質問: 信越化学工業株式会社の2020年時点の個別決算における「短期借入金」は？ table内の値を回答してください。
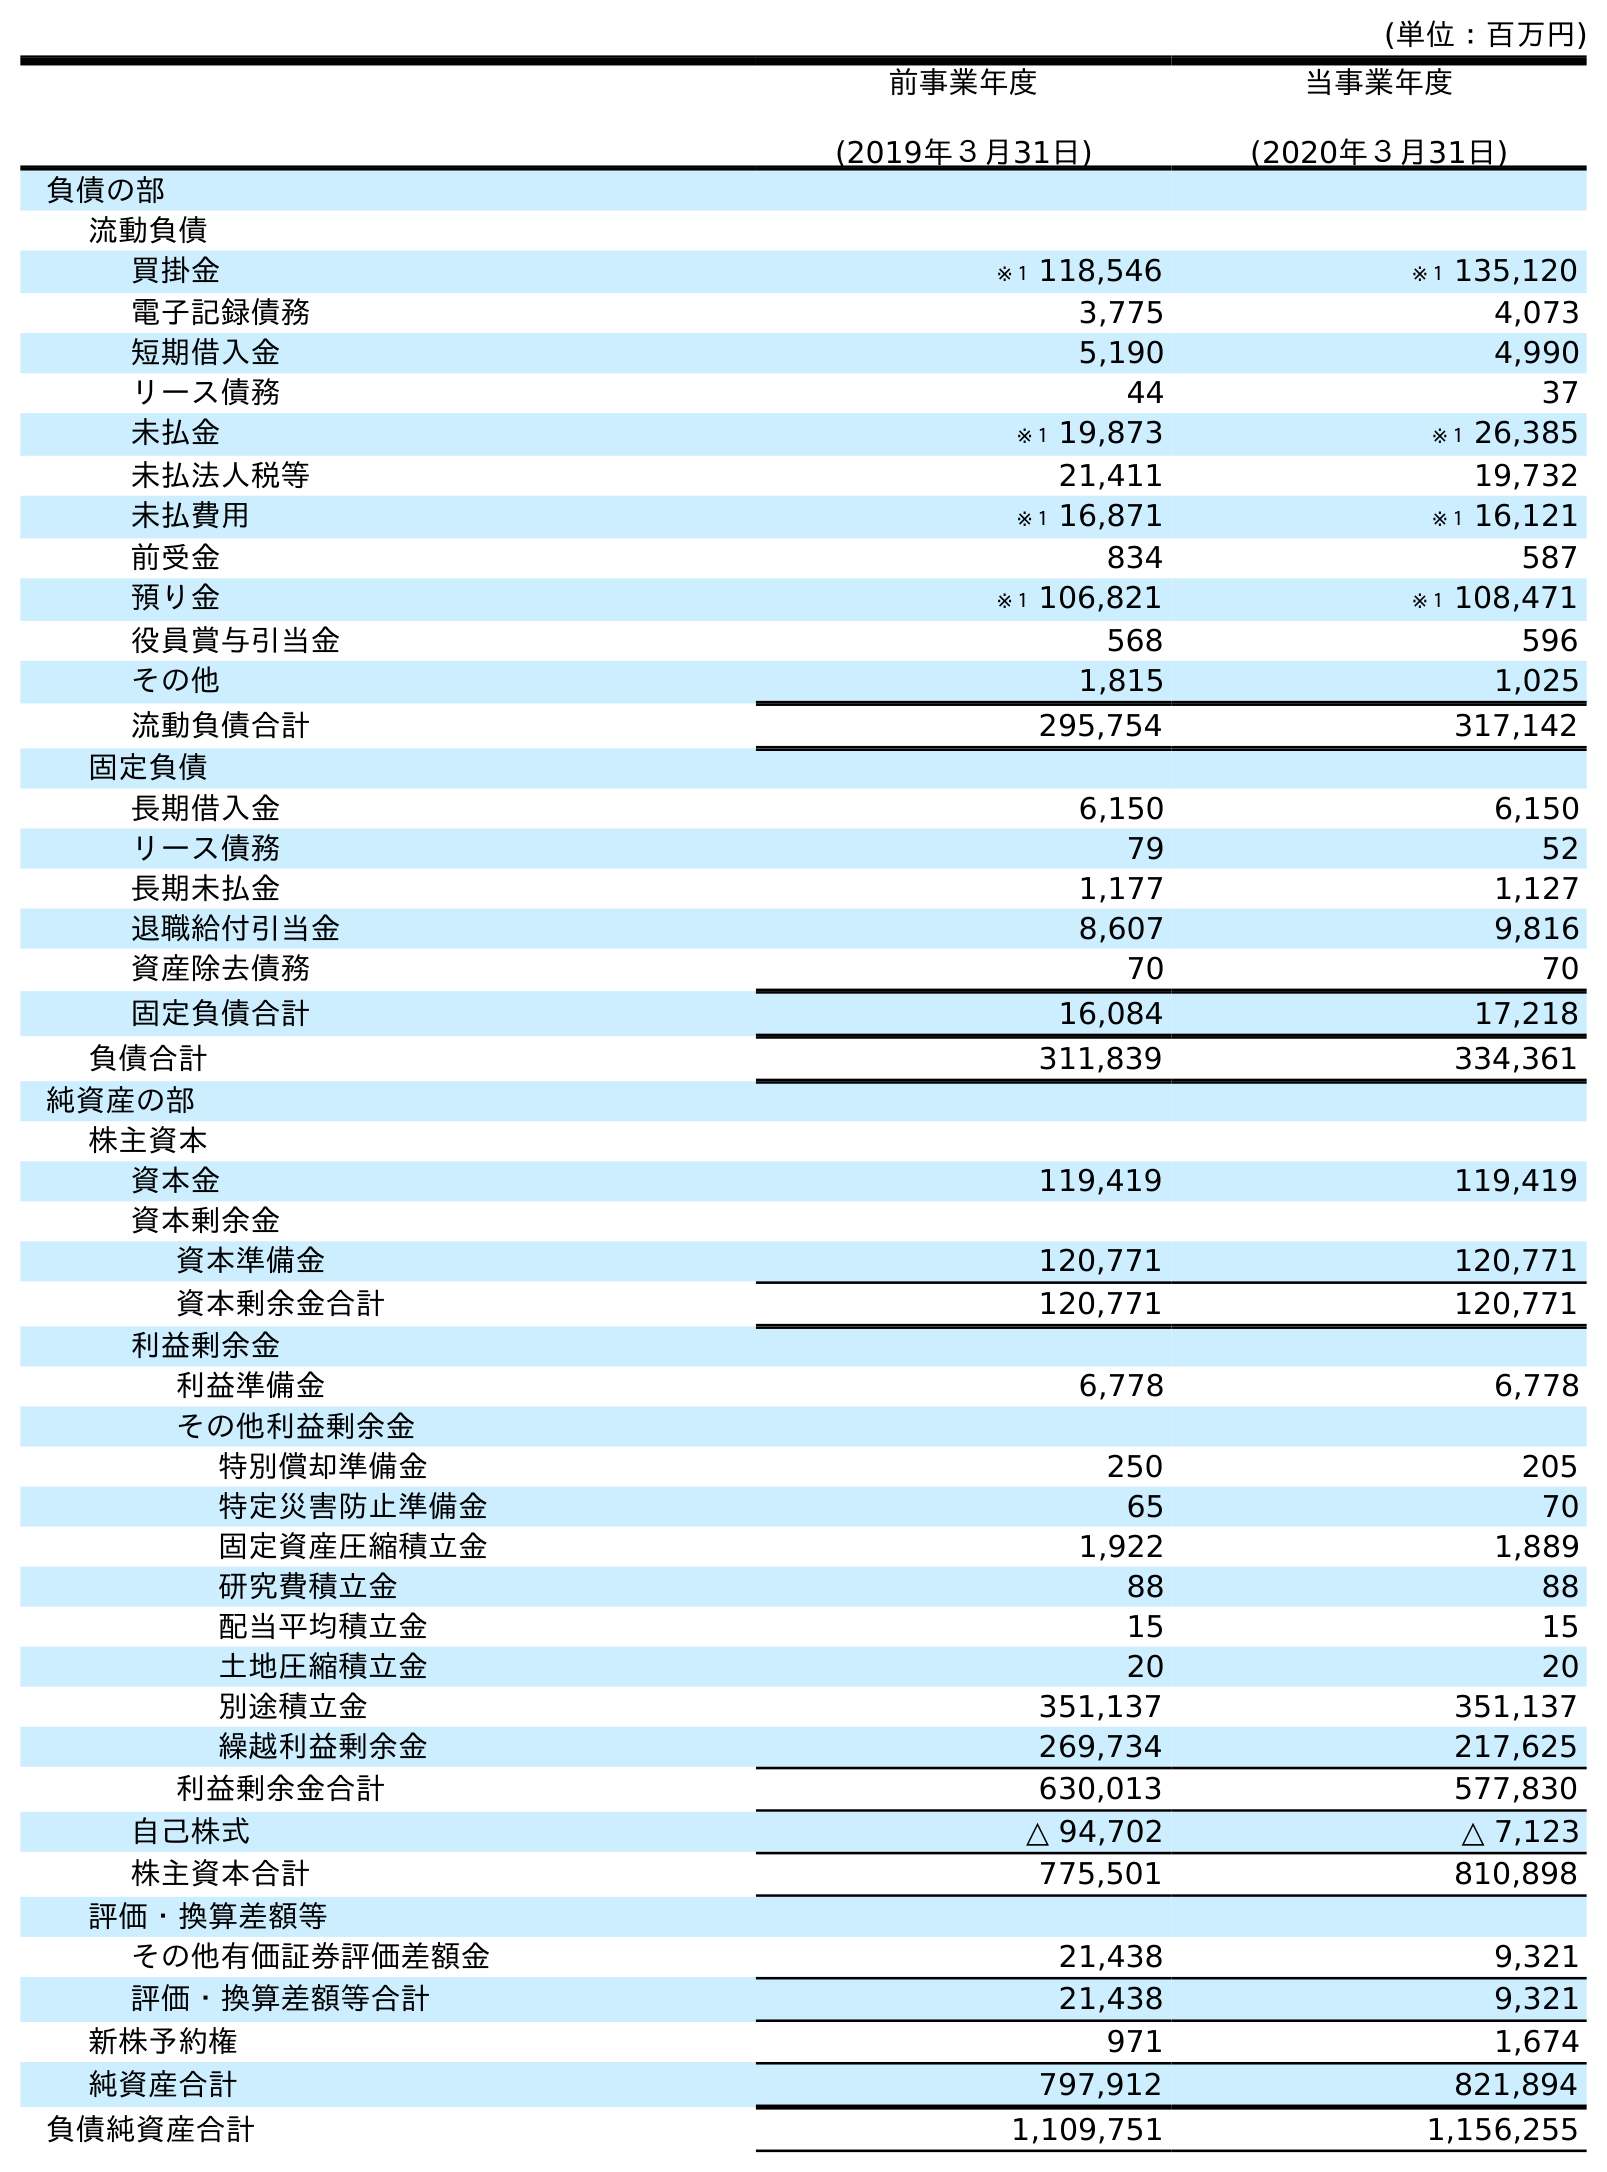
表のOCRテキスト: (単位：百万円) 前事業年度 (2019年３月31日) 当事業年度 (2020年３月31日) 負債の部 流動負債 買掛金 ※１ 118,546 ※１ 135,120 電子記録債務 3,775 4,073 短期借入金 5,190 4,990 リース債務 44 37 未払金 ※１ 19,873 ※１ 26,385 未払法人税等 21,411 19,732 未払費用 ※１ 16,871 ※１ 16,121 前受金 834 587 預り金 ※１ 106,821 ※１ 108,471 役員賞与引当金 568 596 その他 1,815 1,025 流動負債合計 295,754 317,142 固定負債 長期借入金 6,150 6,150 リース債務 79 52 長期未払金 1,177 1,127 退職給付引当金 8,607 9,816 資産除去債務 70 70 固定負債合計 16,084 17,218 負債合計 311,839 334,361 純資産の部 株主資本 資本金 119,419 119,419 資本剰余金 資本準備金 120,771 120,771 資本剰余金合計 120,771 120,771 利益剰余金 利益準備金 6,778 6,778 その他利益剰余金 特別償却準備金 250 205 特定災害防止準備金 65 70 固定資産圧縮積立金 1,922 1,889 研究費積立金 88 88 配当平均積立金 15 15 土地圧縮積立金 20 20 別途積立金 351,137 351,137 繰越利益剰余金 269,734 217,625 利益剰余金合計 630,013 577,830 自己株式 △ 94,702 △ 7,123 株主資本合計 775,501 810,898 評価・換算差額等 その他有価証券評価差額金 21,438 9,321 評価・換算差額等合計 21,438 9,321 新株予約権 971 1,674 純資産合計 797,912 821,894 負債純資産合計 1,109,751 1,156,255
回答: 4,990